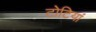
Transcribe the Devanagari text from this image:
टोटियां